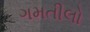
ગમતીલો